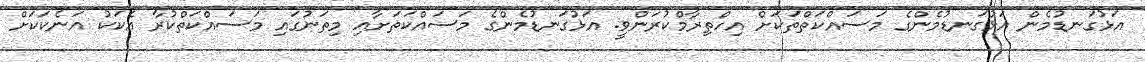
އަޅުގަނޑުމެން އަޅުގަނޑުމެންގެ މަސައްކަތްތަކަށް އިހްތިރާމްކުރަންވީ. އަޅުގަނޑުމެންގެ މަސައްކަތަށާއި މިތަނުގައި މަސައްކަތްކުރާ އެކަކު އަނެކަކަށް